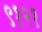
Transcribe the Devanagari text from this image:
९१२१